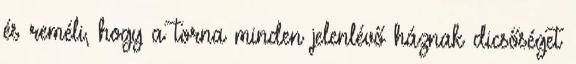
és reméli, hogy a torna minden jelenlévő háznak dicsőséget